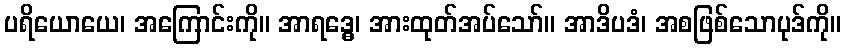
ပရိယောယေ၊ အကြောင်းကို။ အာရဒ္ဓေ၊ အားထုတ်အပ်သော်။ အာဒိပဒံ၊ အစဖြစ်သောပုဒ်ကို။